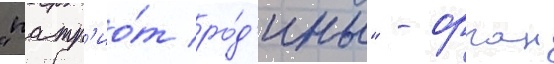
"патр'ио́т ро́д'ины" - орган